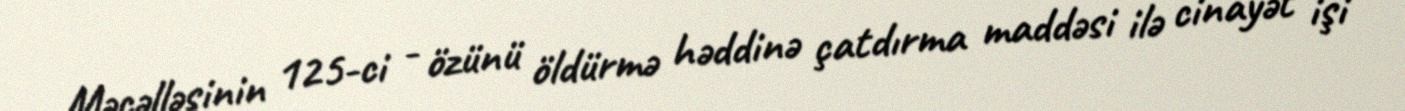
Məcəlləsinin 125-ci - özünü öldürmə həddinə çatdırma maddəsi ilə cinayət işi